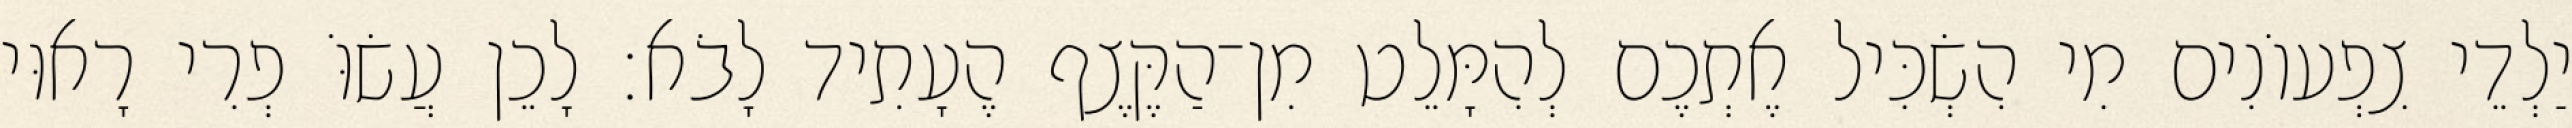
יַלְדֵי צִפְעוֹנִים מִי הִשְׂכִּיל אֶתְכֶם לְהִמָּלֵט מִן־הַקֶּצֶף הֶעָתִיד לָבֹא׃ לָכֵן עֲשׂוֹּ פְרִי רָאוּי